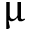
\upmu